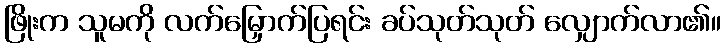
ဖြိုးက သူမကို လက်မြှောက်ပြရင်း ခပ်သုတ်သုတ် လျှောက်လာ၏။